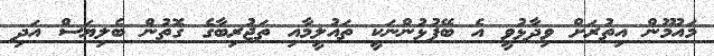
މައުމޫން އިތުރަށް ވިދާޅުވީ އެ ބޭފުޅުންނަކީ ތައުލީމާއި ތަޖުރިބާގެ ގޮތުން ބެލިޔަސް އަދި